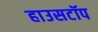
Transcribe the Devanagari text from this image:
हाउसटॉप